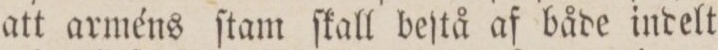
att arméns ſtam ſkall deſtå af både indelt